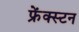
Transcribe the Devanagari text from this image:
फ्रेंक्स्टन